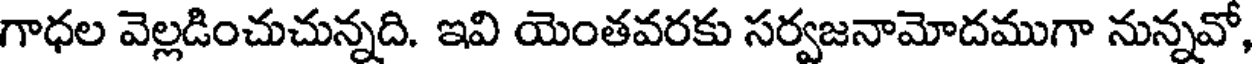
గాధల వెల్లడించుచున్నది. ఇవి యెంతవరకు సర్వజనామోదముగా నున్నవో,